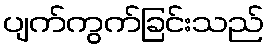
ပျက်ကွက်ခြင်းသည်